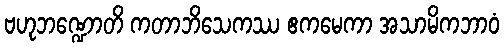
ဗဟုဘဏ္ဍောတိ ကတာဘိသေကဿ ဧကမေကာ အသာမိကဘာဝံ